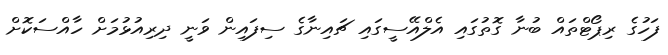
ފަހުގެ ރިޕޯޓްތައް ބުނާ ގޮތުގައި އެލްއޭސީގައި ޗައިނާގެ ސިފައިން ވަނީ ދިރިއުޅުމަށް ހާއްސަކޮށް